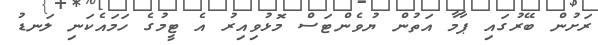
ރަށުން ބޭރުގައި ޕާމާ އަތުން ޔުވެންޓަސް މޮޅުވިއިރު އެ ޓީމުގެ ހަމައެކަނި ލަނޑު